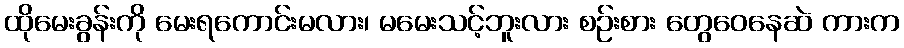
ထိုမေးခွန်းကို မေးရကောင်းမလား၊ မမေးသင့်ဘူးလား စဉ်းစား တွေဝေနေဆဲ ကားက